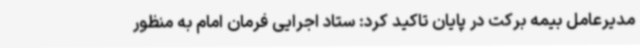
مدیرعامل بیمه برکت در پایان تاکید کرد: ستاد اجرایی فرمان امام به منظور